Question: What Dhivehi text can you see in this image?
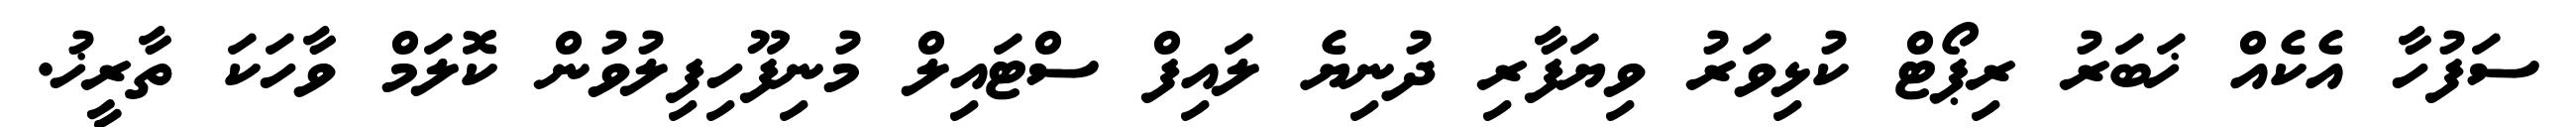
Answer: ސަފުހާ އެކެއް ޚަބަރު ރިޕޯޓް ކުޅިވަރު ވިޔަފާރި ދުނިޔެ ލައިފް ސްޓައިލް މުނިފޫހިފިލުވުން ކޮލަމް ވާހަކަ ތާރީޚު.